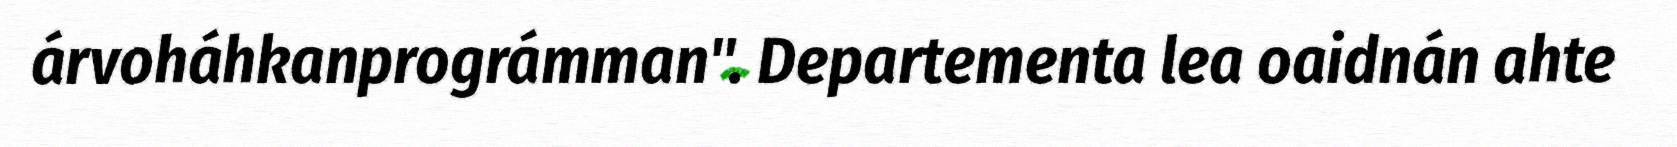
árvoháhkanprográmman". Departementa lea oaidnán ahte